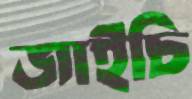
জাইচি